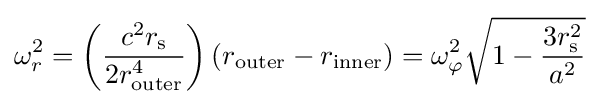
\omega _{r}^{2}=\left({\frac {c^{2}r_{\text{s}}}{2r_{\mathrm {outer} }^{4}}}\right)\left(r_{\mathrm {outer} }-r_{\mathrm {inner} }\right)=\omega _{\varphi }^{2}{\sqrt {1-{\frac {3r_{\text{s}}^{2}}{a^{2}}}}}